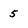
Character: 5